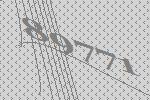
89771